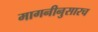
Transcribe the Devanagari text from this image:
मागनीनुसारच